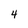
Character: 4